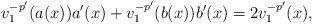
LaTeX: \begin{align*}v_1^{-p'}(a(x))a'(x)+v_1^{-p'}(b(x))b'(x)= 2v_1^{-p'}(x),\end{align*}